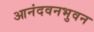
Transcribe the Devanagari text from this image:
आनंदवनभुवन